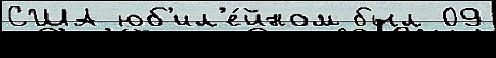
США юб'ил'е́йном был 09